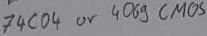
Text: 74C04 or 4069 CMOS